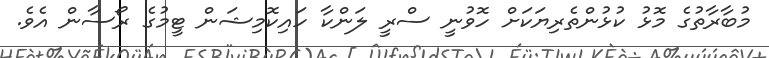
މުބާރާތުގެ މޮޅު ކުޅުންތެރިޔަކަށް ހޮވުނީ ސްރީ ލަންކާ ހައިކޮމިޝަން ޓީމުގެ ރޯސާން އެވެ.